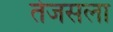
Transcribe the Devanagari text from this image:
तेजसला